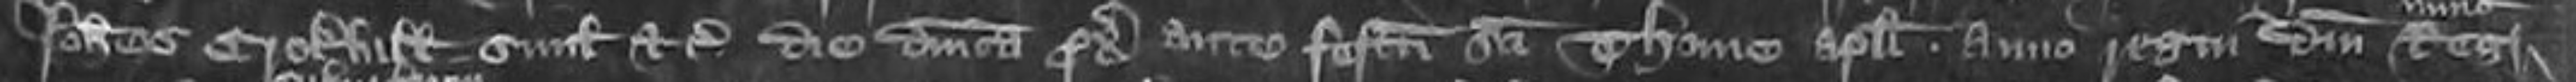
Johannes Crokhull similiter etc die Dominica proximo ante Festum Sancti Thome Apostoli anno regni domini Regis